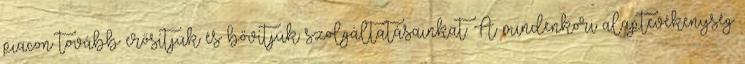
piacon tovább erősítjük és bővítjük szolgáltatásainkat. A mindenkori alaptevékenység